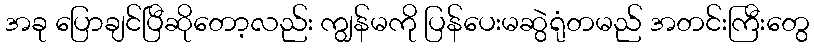
အခု ပြောချင်ပြီဆိုတော့လည်း ကျွန်မကို ပြန်ပေးမဆွဲရုံတမည် အတင်းကြီးတွေ